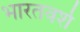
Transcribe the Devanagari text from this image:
भारतवर्श